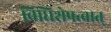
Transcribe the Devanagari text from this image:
विधिशेषत्वात्